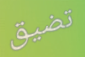
تضيق